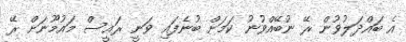
އެ ބައްދަލުވުން ރޭ ނުބޭއްވުނު ކަމަށް ބުނެފައި ވަނީ ރައީސް މައުމޫނަށް ރޭ